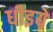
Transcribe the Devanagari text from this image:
धीइये